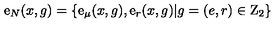
\mathrm { \boldmath { e } } _ { N } ( x , g ) = \left\{ \mathrm { \boldmath { e } } _ { \mu } ( x , g ) , \mathrm { \boldmath { e } } _ { r } ( x , g ) | g = ( e , r ) \in \mathrm { \boldmath { Z } } _ { 2 } \right\}